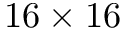
1 6 \times 1 6